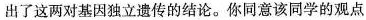
出了这两对基因独立遗传的结论。你同意该同学的观点